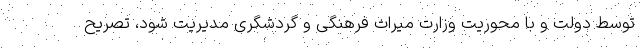
توسط دولت و با محوریت وزارت میراث فرهنگی و گردشگری مدیریت شود، تصریح